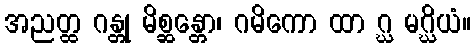
အညတ္ထ ဂန္တု မိစ္ဆန္တော၊ ဂမိကော ထာ ဂ္ဃ မဂ္ဃိယံ။